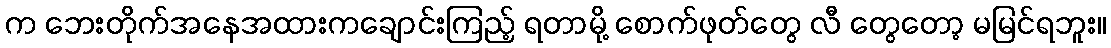
က ဘေးတိုက်အနေအထားကချောင်းကြည့် ရတာမို့ စောက်ဖုတ်တွေ လီ တွေတော့ မမြင်ရဘူး။